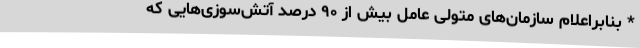
* بنابراعلام سازمان‌های متولی عامل بیش از ۹۰ درصد آتش‌سوزی‌هایی که